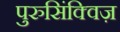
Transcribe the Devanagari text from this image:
पुरुसिंक्विज़